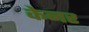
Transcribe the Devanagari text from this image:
केनर